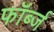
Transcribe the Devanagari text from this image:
फॉर्ब्ज